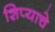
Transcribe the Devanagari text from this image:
शिप्याचे